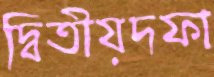
দ্বিতীয়দফা